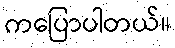
ကပြောပါတယ်။